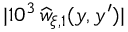
| 1 0 ^ { 3 } \, \widehat { w } _ { \xi , 1 } ( y , y ^ { \prime } ) |